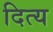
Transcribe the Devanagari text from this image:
दित्य